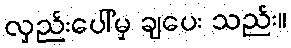
လှည်းပေါ်မှ ချပေး သည်း။